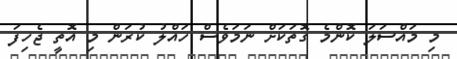
މި މައްސަލަ ކޮންމެ ގޮތަކަށް ނަމަވެސް ހައްލު ކުރަން މި އޮތީ ޖެހިފަ